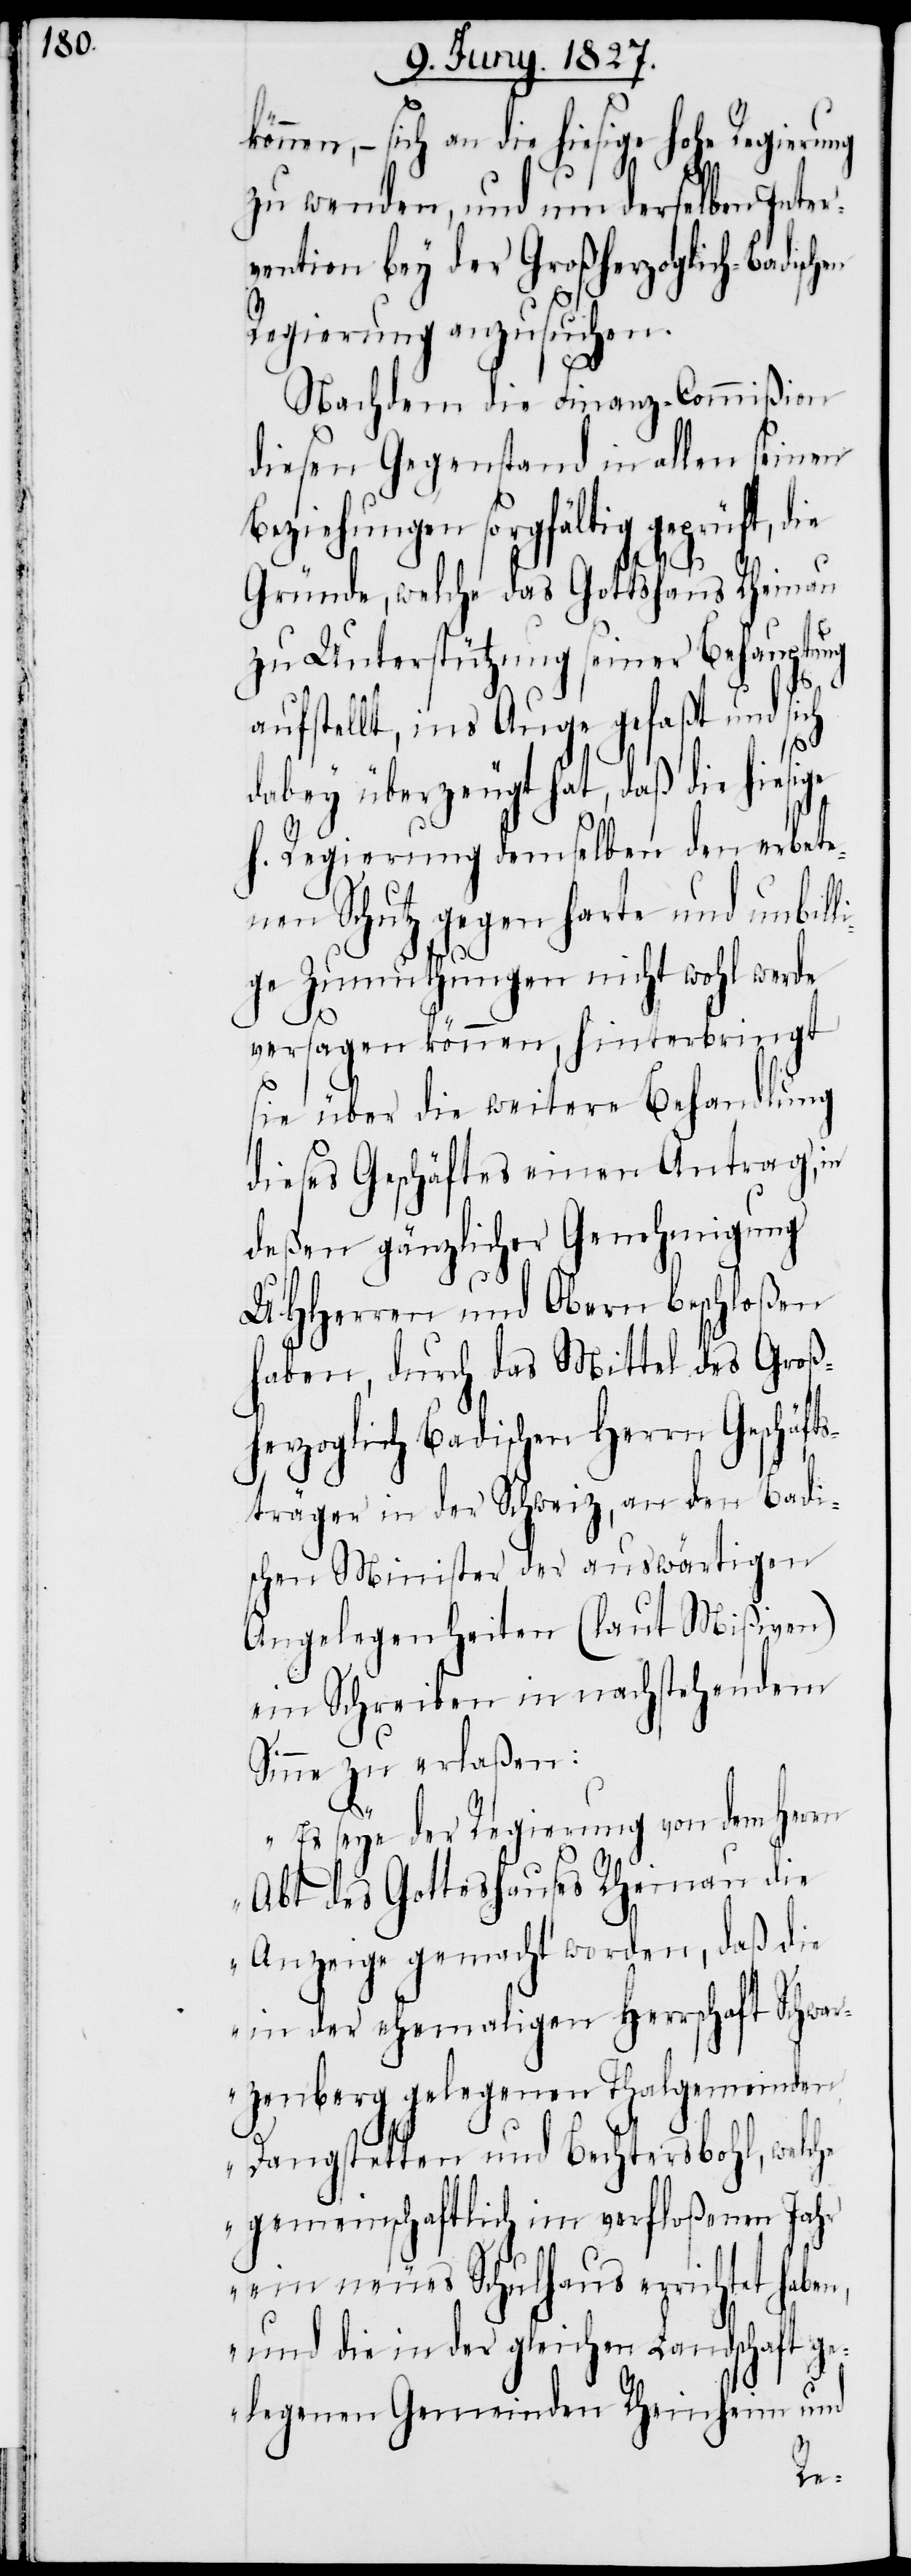
nen, – sich an die hiesige hohe Regierung
n,
zu wenden, und um derselben Inter¬
vention bey der Großherzoglich-Badisch¬
Regierung anzusuchen.
Nachdem die Finanz-Commißion
diesen Gegenstand in allen seinen
Beziehungen sorgfältig geprüft, die
Gründe, welche das Gotteshaus Rheinau
zu Unterstützung seiner Behauptung
aufstellt, ins Auge gefaßte und sich
dabey überzeugt hat, daß die hiesige
h. Regierung demselben den erbete¬
nen Schutz gegen harte und unbill¬
ige Zumuthungen nicht wohl werde
versagen können, hinterbringt
sie über die weitere Behandlung
dieses Geschäftes einen Antrag, in
deßen gänzlicher Genehmigung
UHHerren und Obern beschloßen
haben, durch das Mittel des Groß¬
herzoglich Badischen Herrn Geschäf¬
tsträger in der Schweiz, an den Badi¬
schen Minister der auswärtigen
Angelegenheiten (laut Mißiven)
ein Schreiben in nachstehendem
Sinne zu erlaßen:
„Es seye der Regierung von dem Herrn
Abt des Gotteshauses Rheinau die
Anzeige gemacht worden, daß die
in der ehemaligen Herrschaft Schwar¬
zenberg gelegenen Thalgemeinden
Dangstetten und Bechtersbohl, welche
gemeinschaftlich im verfloßenen Jahr
ein neues Schulhaus errichtet habe¬
und die in der gleichen Landschaft ge¬
legenen Gemeinden Rheinheim und
en